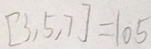
[ 3 , 5 , 7 ] = 1 0 5